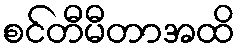
စင်တီမီတာအထိ